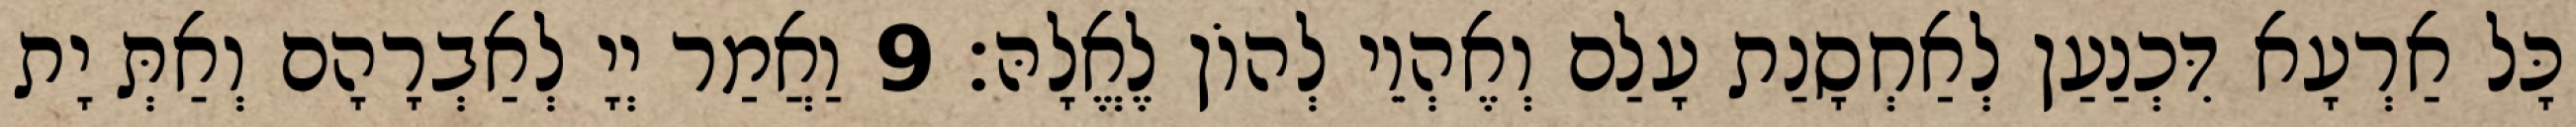
כָּל אַרְעָא דִּכְנַעַן לְאַחְסָנַת עָלַם וְאֶהְוֵי לְהוֹן לֶאֱלָהּ׃ 9 וַאֲמַר יְיָ לְאַבְרָהָם וְאַתְּ יָת